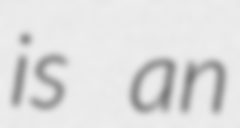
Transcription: is an